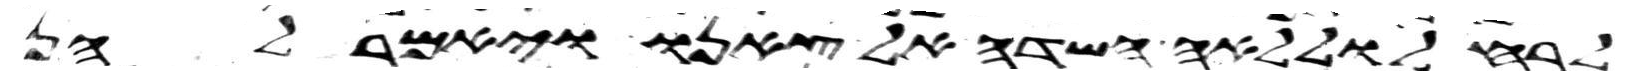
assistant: לרחל וללאה השדה אל צאנו ויאמר להן